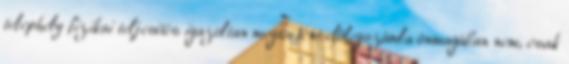
telephely fizikai teljesítés igazoltan megtörtént előlegszámla önmagában nem, csak